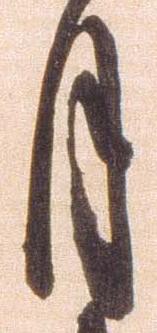
月